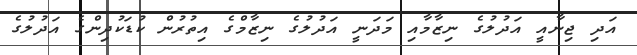
އަދި ޖިނާއީ އަދުލުގެ ނިޒާމާއި މަދަނީ އަދުލުގެ ނިޒާމްގެ އިތުރުން ކުޑަކުދިންގެ އަދުލުގެ